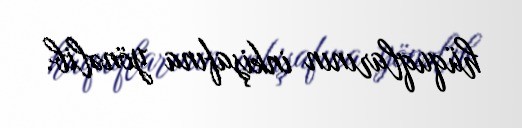
hüquqlarının inkişafına yönəlib.